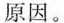
原因。